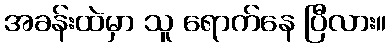
အခန်းထဲမှာ သူ ရောက်နေ ပြီလား။